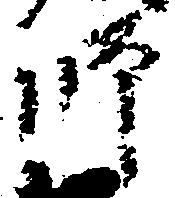
師